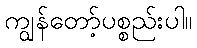
ကျွန်တော့်ပစ္စည်းပါ။